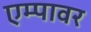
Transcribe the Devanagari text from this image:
एम्पावर